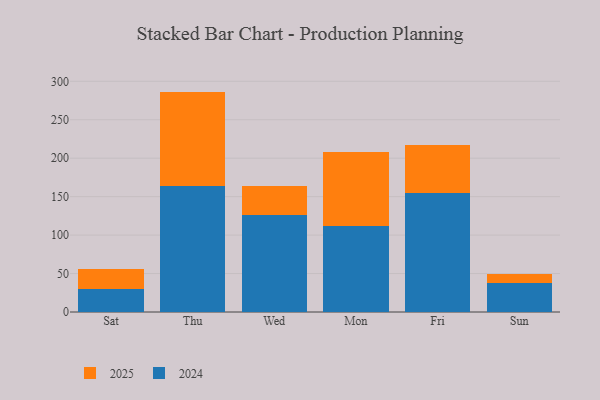
{"axis": {"x": "Day", "y": "Population (Million)"}, "legend": ["2024", "2025"], "data": [{"x": "Sat", "y": 29.5, "type": "2024"}, {"x": "Sat", "y": 26.0, "type": "2025"}, {"x": "Thu", "y": 163.5, "type": "2024"}, {"x": "Thu", "y": 123.1, "type": "2025"}, {"x": "Wed", "y": 126.7, "type": "2024"}, {"x": "Wed", "y": 36.9, "type": "2025"}, {"x": "Mon", "y": 111.9, "type": "2024"}, {"x": "Mon", "y": 96.3, "type": "2025"}, {"x": "Fri", "y": 154.3, "type": "2024"}, {"x": "Fri", "y": 63.3, "type": "2025"}, {"x": "Sun", "y": 37.1, "type": "2024"}, {"x": "Sun", "y": 11.8, "type": "2025"}]}